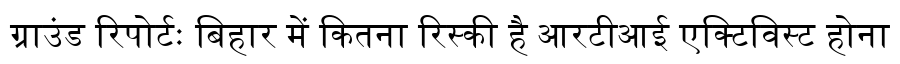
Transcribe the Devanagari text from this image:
ग्राउंड रिपोर्टः बिहार में कितना रिस्की है आरटीआई एक्टिविस्ट होना